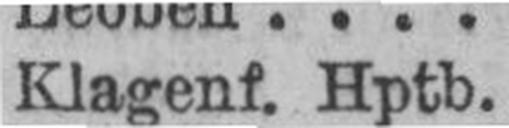
Klagenf. Hptb.